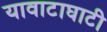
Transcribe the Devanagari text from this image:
यावाटाघाटी